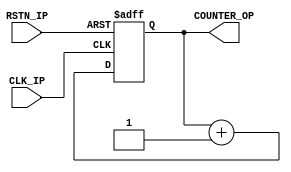
//
// hardware counter
//


module hardware_counter(
    input CLK_IP,
    input RSTN_IP,
    output [31:0] COUNTER_OP
);

    reg [31:0] cycles;

    always @(posedge CLK_IP or negedge RSTN_IP) begin
        if(!RSTN_IP)begin
            cycles <= 32'd0;
        end else begin
            cycles <= cycles + 1;
        end
    end

    assign COUNTER_OP = cycles;

endmodule